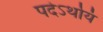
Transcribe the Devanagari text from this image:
पदेऽर्थोयं